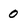
Character: 0